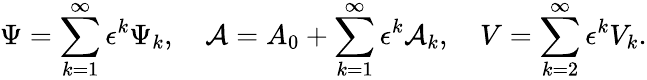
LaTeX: \Psi=\sum_{k=1}^{\infty}\epsilon^{k}\Psi_{k},\quad{\cal A}=A_{0}+\sum_{k=1}^{\infty}\epsilon^{k}{\cal A}_{k},\quad V=\sum_{k=2}^{\infty}\epsilon^{k}V_{k}.